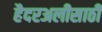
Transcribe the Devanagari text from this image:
हैदरअलीसाठी